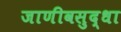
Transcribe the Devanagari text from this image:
जाणीवसुद्धा